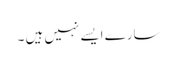
سارے ایسے نہیں ہیں ۔